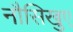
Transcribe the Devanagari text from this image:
नौसिखुए